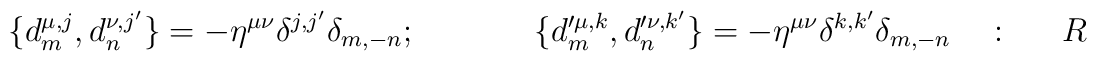
\{ d^{\mu ,j}_m , d^{\nu,j'}_n\}=-\eta^{\mu\nu}\delta^{j,j'}\delta_{m,-n} ;~~~~~~~~~~~~~~\{ d'^{\mu ,k}_m, d'^{\nu,k'}_n\}=-\eta^{\mu\nu}\delta^{k,k'}\delta_{m,-n} ~~~~:~~~~~~R